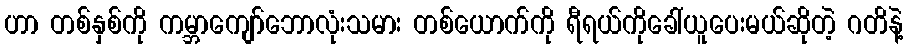
ဟာ တစ်နှစ်ကို ကမ္ဘာကျော်ဘောလုံးသမား တစ်ယောက်ကို ရီရယ်ကိုခေါ်ယူပေးမယ်ဆိုတဲ့ ဂတိနဲ့